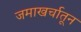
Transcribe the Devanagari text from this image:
जमाखर्चातून